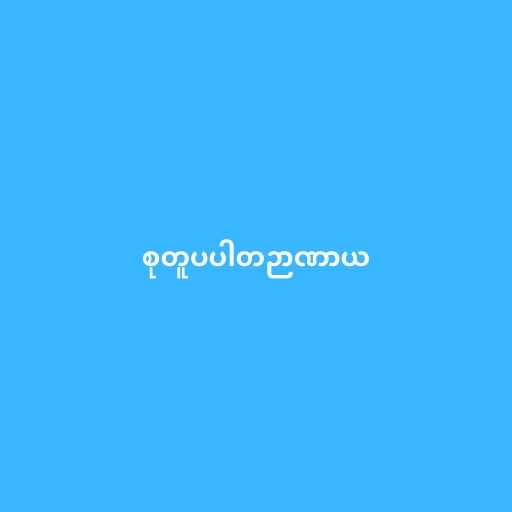
စုတူပပါတဉာဏာယ